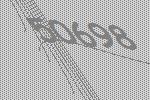
50698